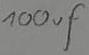
Text: 100µF